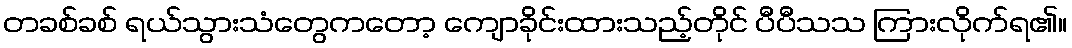
တခစ်ခစ် ရယ်သွားသံတွေကတော့ ကျောခိုင်းထားသည့်တိုင် ပီပီသသ ကြားလိုက်ရ၏။